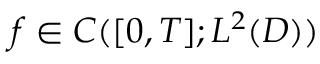
f \in C ( [ 0 , T ] ; L ^ { 2 } ( D ) )